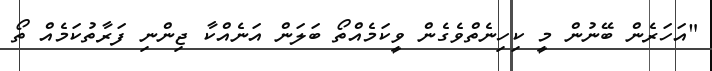
"އަހަރެން ބޭނުން މީ ކިހިނެތްވެގެން ވީކަމެއްތޯ ބަލަން އަނެއްކާ ޖިންނި ފަރާތުކަމެއް ތޯ